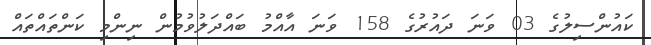
ކައުންސިލުގެ 03 ވަނަ ދައުރުގެ 158 ވަނަ އާއްމު ބައްދަލުވުމުން ނިންމި ކަންތައްތައް